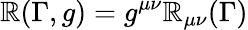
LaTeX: \mathbb{R}(\Gamma,g)=g^{\mu\nu}\mathbb{R}_{\mu\nu}(\Gamma)